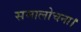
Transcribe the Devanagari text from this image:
समालोचना।